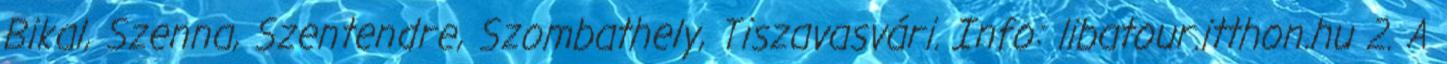
Bikal, Szenna, Szentendre, Szombathely, Tiszavasvári. Info: libatour.itthon.hu 2. A